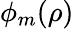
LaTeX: \phi_{m}(\rho)